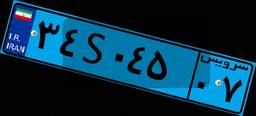
۳۴S۰۴۵۰۷